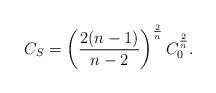
LaTeX: \begin{align*}C_S=\left(\frac{2(n-1)}{n-2}\right)^{\frac2n} C_0^{\frac2n}.\end{align*}